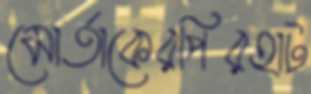
মোর্তাকেরপিরহাট